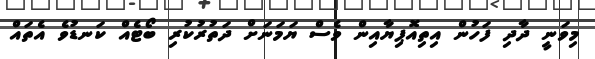
މިވަނީ ދާދި ފަހުން އިތިއޮޕިޔާއިން ވެސް ޔަމަނަށް ދަތުރުކުރި ބޯޓެއް ކަނޑުވެ އެތައް